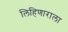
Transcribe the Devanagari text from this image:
लिहिणाराला